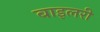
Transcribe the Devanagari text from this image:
बाइलरी